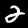
Label: 2